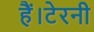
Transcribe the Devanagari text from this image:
हैं।टेरनी